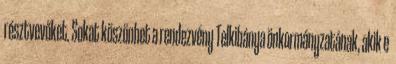
résztvevőket. Sokat köszönhet a rendezvény Telkibánya önkormányzatának, akik e